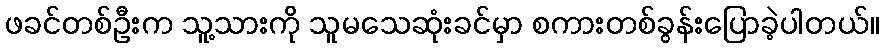
ဖခင်တစ်ဦးက သူ့သားကို သူမသေဆုံးခင်မှာ စကားတစ်ခွန်းပြောခဲ့ပါတယ်။